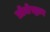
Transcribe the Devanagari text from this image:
प्रोजेस्ट्रान